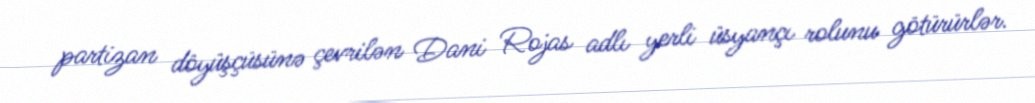
partizan döyüşçüsünə çevrilən Dani Rojas adlı yerli üsyançı rolunu götürürlər.